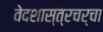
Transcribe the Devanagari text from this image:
वेदशास्त्रचर्चा